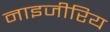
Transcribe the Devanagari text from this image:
नाइजीरिय